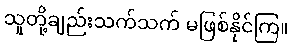
သူတို့ချည်းသက်သက် မဖြစ်နိုင်ကြ။